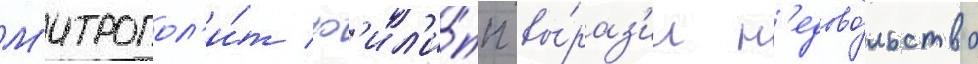
М'итропол'и́т ф'ил'и́пп вы́раз'ил н'едово́льство